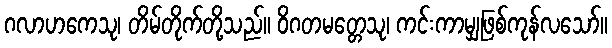
ဂလာဟကေသု၊ တိမ်တိုက်တို့သည်။ ဝိဂတမတ္တေသု၊ ကင်းကာမျှဖြစ်ကုန်လသော်။